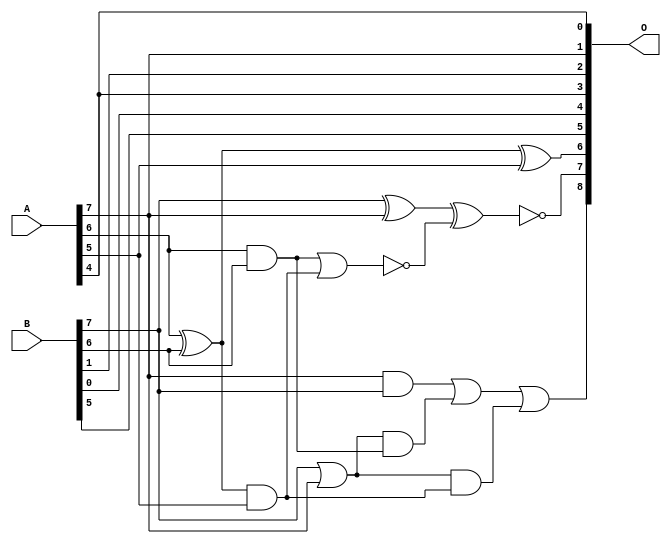
// This program was cloned from: https://github.com/ehw-fit/evoapproxlib
// License: MIT License

/***
* This code is a part of EvoApproxLib library (ehw.fit.vutbr.cz/approxlib) distributed under The MIT License.
* When used, please cite the following article(s): V. Mrazek, Z. Vasicek and R. Hrbacek, "Role of circuit representation in evolutionary design of energy-efficient approximate circuits" in IET Computers & Digital Techniques, vol. 12, no. 4, pp. 139-149, 7 2018. doi: 10.1049/iet-cdt.2017.0188 
* This file contains a circuit from a sub-set of pareto optimal circuits with respect to the pwr and mse parameters
***/
// MAE% = 3.40 %
// MAE = 17 
// WCE% = 9.96 %
// WCE = 51 
// WCRE% = 1500.00 %
// EP% = 98.44 %
// MRE% = 9.24 %
// MSE = 432 
// PDK45_PWR = 0.0075 mW
// PDK45_AREA = 17.8 um2
// PDK45_DELAY = 0.19 ns

module add8u_0H4(A, B, O);
  input [7:0] A, B;
  output [8:0] O;
  wire n_198, n_44, n_42, n_149, n_147, n_12, n_182, n_180, n_8, n_9;
  wire n_184, n_4, n_5, n_6, n_7, n_0, n_1, n_2, n_3, n_37;
  wire n_38, n_14, n_15, n_16, n_13, n_10, n_11, n_213, n_211;
  assign n_0 = A[0];
  assign n_1 = A[1];
  assign n_2 = A[2];
  assign n_3 = A[3];
  assign n_4 = A[4];
  assign n_5 = A[5];
  assign n_6 = A[6];
  assign n_7 = A[7];
  assign n_8 = B[0];
  assign n_9 = B[1];
  assign n_10 = B[2];
  assign n_11 = B[3];
  assign n_12 = B[4];
  assign n_13 = B[5];
  assign n_14 = B[6];
  assign n_15 = B[7];
  assign n_16 = n_15 | n_7;
  assign n_37 = n_7 & n_15;
  assign n_38 = n_15 ^ n_7;
  assign n_42 = n_6 ^ n_14;
  assign n_44 = n_6 & n_14;
  assign n_147 = n_42 & n_5;
  assign n_149 = ~(n_44 | n_147);
  assign n_180 = n_16 & n_147;
  assign n_182 = n_16 & n_44;
  assign n_184 = n_37 | n_182;
  assign n_198 = n_184 | n_180;
  assign n_211 = n_42 ^ n_5;
  assign n_213 = ~(n_38 ^ n_149);
  assign O[0] = n_4;
  assign O[1] = n_7;
  assign O[2] = n_9;
  assign O[3] = n_4;
  assign O[4] = n_8;
  assign O[5] = n_13;
  assign O[6] = n_211;
  assign O[7] = n_213;
  assign O[8] = n_198;
endmodule